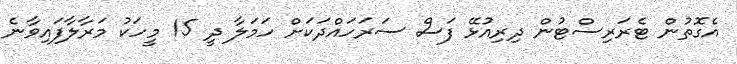
އެގޮތުން ޓެރަރިސްޓުން ދިރިއުޅޭ ފަސް ސަރަހައްދަކަށް ހަމަލާ ދީ 15 މީހަކު މަރާލާފައިވާނެ